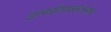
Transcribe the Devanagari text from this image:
ज्ञानकोशप्रकाशनाचा